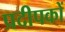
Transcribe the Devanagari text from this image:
प्रदीपकों